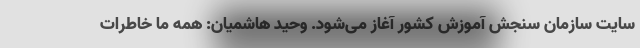
سایت سازمان سنجش آموزش کشور آغاز می‌شود. وحید هاشمیان: همه ما خاطرات